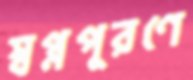
স্বপ্নপূরণে